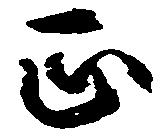
正